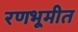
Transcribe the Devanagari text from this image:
रणभूमीत